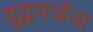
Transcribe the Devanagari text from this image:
युद्धगर्जना